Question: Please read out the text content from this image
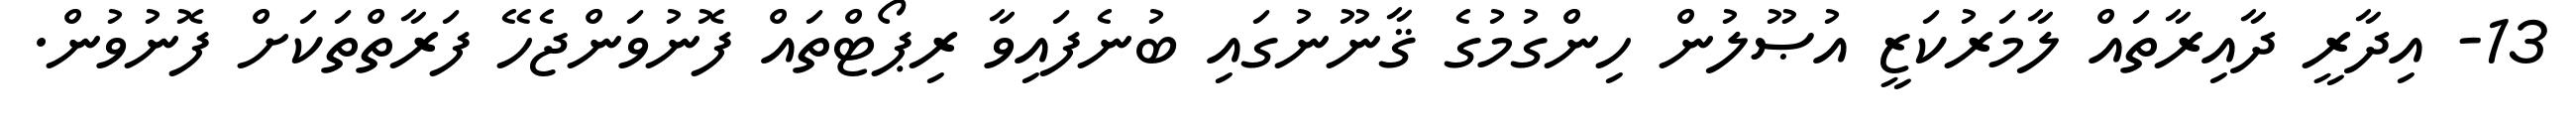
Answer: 13- އިދާރީ ދާއިރާތައް ލާމަރުކަޒީ އުޞޫލުން ހިންގުމުގެ ޤާނޫނުގައި ބުނެފައިވާ ރިޕޯޓްތައް ފޮނުވަންޖެހޭ ފަރާތްތަކަށް ފޮނުވުން.